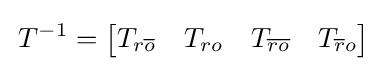
\,T^{-1}={\begin{bmatrix}T_{r{\overline {o}}}&T_{ro}&T_{\overline {ro}}&T_{{\overline {r}}o}\end{bmatrix}}